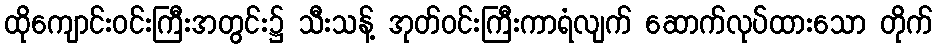
ထိုကျောင်းဝင်းကြီးအတွင်း၌ သီးသန့် အုတ်ဝင်းကြီးကာရံလျက် ဆောက်လုပ်ထားသော တိုက်